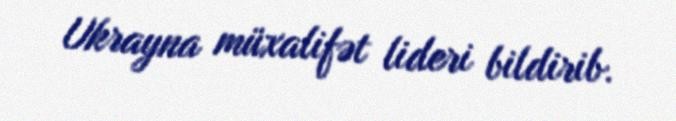
Ukrayna müxalifət lideri bildirib.